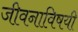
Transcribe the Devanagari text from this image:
जीवनाविषयी